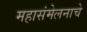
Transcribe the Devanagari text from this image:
महासंमेलनाचे